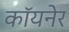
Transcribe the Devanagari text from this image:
कॉयनेर